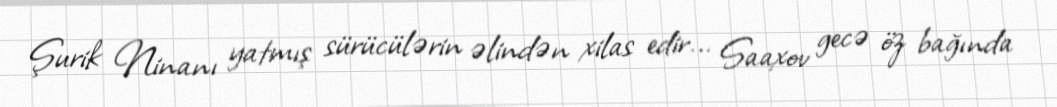
Şurik Ninanı yatmış sürücülərin əlindən xilas edir... Saaxov gecə öz bağında